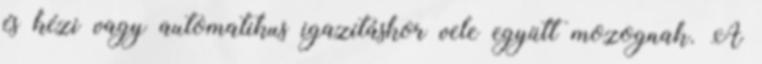
és kézi vagy automatikus igazításkor vele együtt mozognak. A